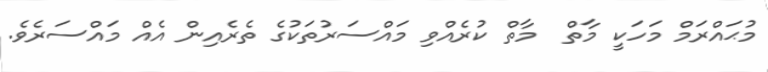
މުޙައްރަމް މަހަކީ މާތް  މާތް ކުރެއްވި މައްސަރުތަކުގެ ތެރެއިން އެއް މައްސަރެވެ.